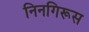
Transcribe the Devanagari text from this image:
निनगिरूस